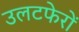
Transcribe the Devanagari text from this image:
उलटफेरों